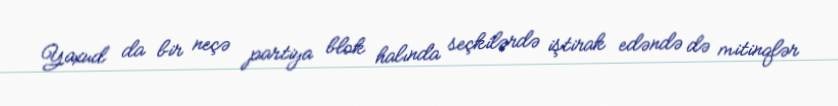
Yaxud da bir neçə partiya blok halında seçkilərdə iştirak edəndə də mitinqlər